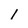
Character: I